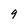
Character: 9